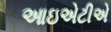
આઇએટીએ